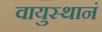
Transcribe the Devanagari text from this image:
वायुस्थानं